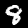
Digit: 8